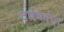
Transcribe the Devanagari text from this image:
दर्षकांना